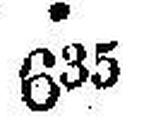
635